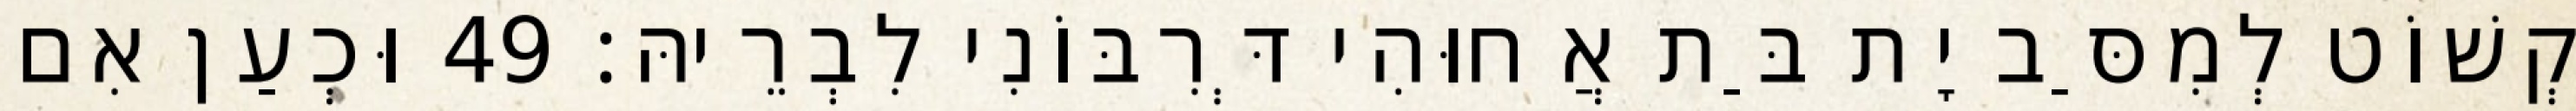
קְשׁוֹט לְמִסַּב יָת בַּת אֲחוּהִי דְּרִבּוֹנִי לִבְרֵיהּ׃ 49 וּכְעַן אִם